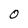
Character: 0